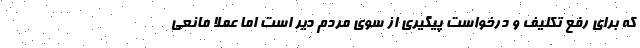
که برای رفع تکلیف و درخواست پیگیری از سوی مردم دیّر است اما عملا مانعی